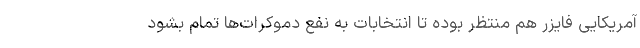
آمریکایی فایزر هم منتظر بوده تا انتخابات به نفع دموکرات‌ها تمام بشود